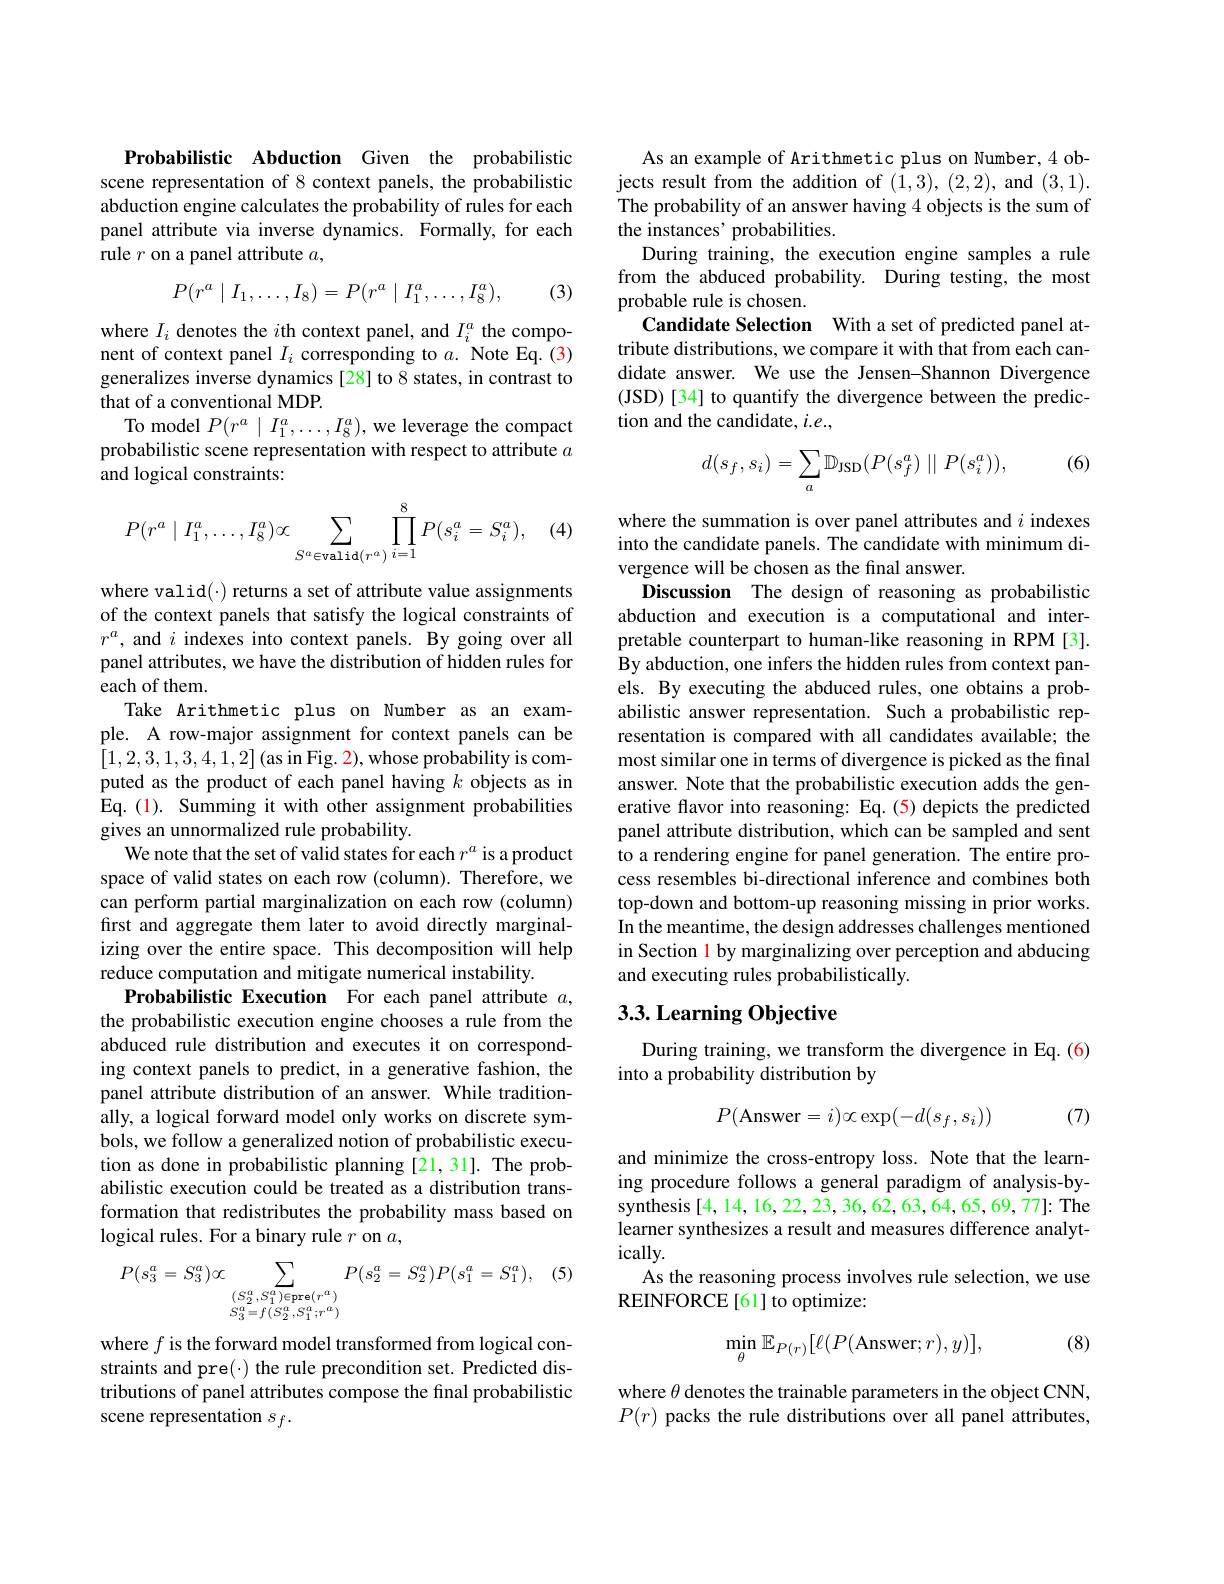
Probabilistic Abduction Given the probabilistic scene representation of 8 context panels, the probabilistic abduction engine calculates the probability of rules for each panel attribute via inverse dynamics. Formally, for each rule $r$ on a panel attribute $a$,
$$P(r^a\mid I_1,\dots,I_8)=P(r^a\mid I_1^a,\dots,I_8^a),$$
(3)

where $I_i$ denotes the $i$th context panel, and $I_i^a$ the component of context panel $I_i$ corresponding to $a.$ Note Eq.(3) generalizes inverse dynamics[28] to 8 states, in contrast to that of a conventional MDP.
To model $P(r^a\mid I_1^a,\ldots,I_8^a)$, we leverage the compact probabilistic scene representation with respect to attribute $a$ and logical constraints:

(4)
$$P(r^a\mid I_1^a,\dots,I_8^a)\propto\sum_{S^a\in\text{valid}(r^a)}\prod_{i=1}^8P(s_i^a=S_i^a),$$
where valid(·) returns a set of attribute value assignments of the context panels that satisfy the logical constraints of $r^a$, and $i$ indexes into context panels. By going over all panel attributes, we have the distribution of hidden rules for each of them
Take Arithmetic plus on Number as an example. A row-major assignment for context panels can be [1,2,3,1,3,4,1,2](as in Fig. 2),whose probability is computed as the product of each panel having $k$ objects as in Eq.(1). Summing it with other assignment probabilities gives an unnormalized rule probability.
We note that the set of valid states for each $r^a$ is a product space of valid states on each row (column). Therefore, we can perform partial marginalization on each row (column) first and aggregate them later to avoid directly marginalizing over the entire space. This decomposition will help reduce computation and mitigate numerical instability.
Probabilistic Execution For each panel attribute $a$, the probabilistic execution engine chooses a rule from the abduced rule distribution and executes it on corresponding context panels to predict, in a generative fashion, the panel attribute distribution of an answer. While traditionally, a logical forward model only works on discrete symbols, we follow a generalized notion of probabilistic execution as done in probabilistic planning [21,31]. The probabilistic execution could be treated as a distribution transformation that redistributes the probability mass based on logical rules. For a binary rule $r$ on $a$,
(5)
$$P(s_{3}^{a}=S_{3}^{a})\propto\sum_{\begin{array}{c}(S_{2}^{a},S_{1}^{a})\in\mathrm{pre}(r^{a})\\S_{3}^{a}=f(S_{2}^{a},S_{1}^{a};r^{a})\end{array}}P(s_{2}^{a}=S_{2}^{a})P(s_{1}^{a}=S_{1}^{a}),$$
where $f$ is the forward model transformed from logical constraints and pre(·) the rule precondition set. Predicted distributions of panel attributes compose the final probabilistic scene representation $s_f.$

As an example of Arithmetic plus on Number, 4 objects result from the addition of (1,3),(2,2), and (3,1). The probability of an answer having 4 objects is the sum of the instances' probabilities.
During training, the execution engine samples a rule from the abduced probability. During testing, the most probable rule is chosen.
Candidate Selection With a set of predicted panel attribute distributions, we compare it with that from each candidate answer. We use the Jensen-Shannon Divergence (JSD) [34] to quantify the divergence between the prediction and the candidate, $i.e.$,

(6)
$$d(s_f,s_i)=\sum_a\mathbb{D}_{\mathrm{JSD}}(P(s_f^a)\parallel P(s_i^a)),$$
where the summation is over panel attributes and $i$ indexes into the candidate panels. The candidate with minimum divergence will be chosen as the final answer.
Discussion The design of reasoning as probabilistic abduction and execution is a computational and interpretable counterpart to human-like reasoning in RPM[3]. By abduction, one infers the hidden rules from context panels. By executing the abduced rules, one obtains a probabilistic answer representation. Such a probabilistic representation is compared with all candidates available; the most similar one in terms of divergence is picked as the final answer. Note that the probabilistic execution adds the generative flavor into reasoning: Eq.(5) depicts the predicted panel attribute distribution, which can be sampled and sent to a rendering engine for panel generation. The entire process resembles bi-directional inference and combines both top-down and bottom-up reasoning missing in prior works. In the meantime, the design addresses challenges mentioned in Section l by marginalizing over perception and abducing and executing rules probabilistically.

## 3.3. Learning Objective

During training, we transform the divergence in Eq.(6)
## into a probability distribution by
$$P(\text{Answer}=i)\propto\exp(-d(s_f,s_i))$$
(7)

and minimize the cross-entropy loss. Note that the learning procedure follows a general paradigm of analysis-bysynthesis [4,14,16,22,23,36,62,63,64,65,69,77]: The learner synthesizes a result and measures difference analyt- $ically.$
As the reasoning process involves rule selection, we use
REINFORCE[61] to optimize:

(8)
$$\min_\theta\mathbb{E}_{P(r)}[\ell(P(\text{Answer};r),y)],$$
where $\theta$ denotes the trainable parameters in the object CNN, $P(r)$ packs the rule distributions over all panel attributes,